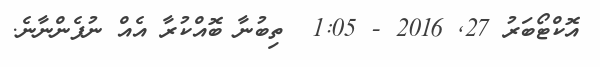
އޮކްޓޯބަރު 27